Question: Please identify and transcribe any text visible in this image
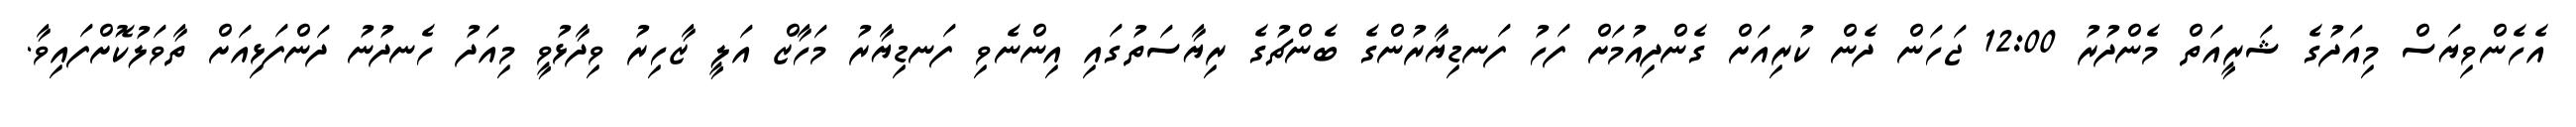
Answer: އެހެންވިޔަސް މިއަދުގެ ޝަރީއަތް މެންދުރު 12:00 ޖަހަން ދެން ކުރިއަށް ގެންދިއުމަށް ފަހު ފަނޑިޔާރުންގެ ބެންޗުގެ ރިޔާސަތުގައި އިންނެވި ފަނޑިޔާރު މަހާޒް އަލީ ޒާހިރު ވިދާޅުވީ މިއަދު ހެނދުނު ދަންފަޅިއަށް ތާވަލުކޮށްފައިވާ.